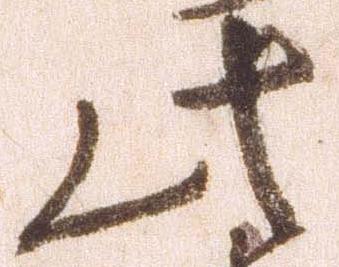
此